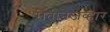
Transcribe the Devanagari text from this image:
रीतीनेजव्हार